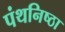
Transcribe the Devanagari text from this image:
पंथनिष्ठा